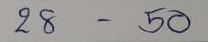
28 -50